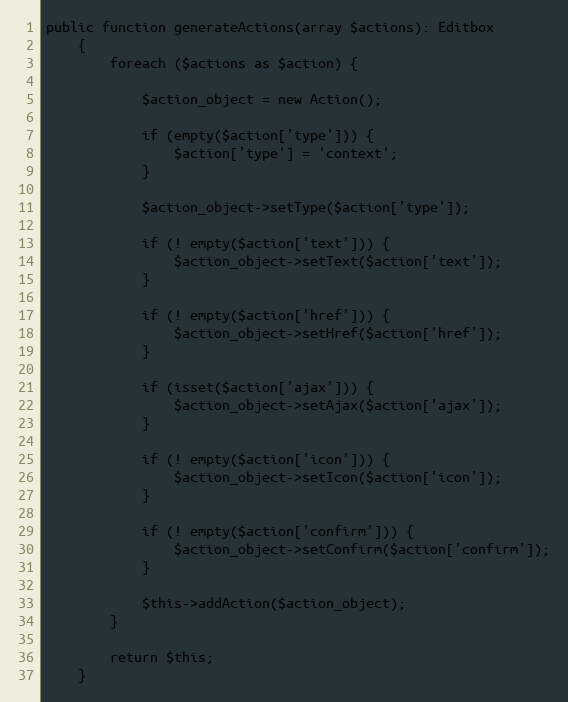
Language: PHP
public function generateActions(array $actions): Editbox
    {
        foreach ($actions as $action) {

            $action_object = new Action();

            if (empty($action['type'])) {
                $action['type'] = 'context';
            }

            $action_object->setType($action['type']);

            if (! empty($action['text'])) {
                $action_object->setText($action['text']);
            }

            if (! empty($action['href'])) {
                $action_object->setHref($action['href']);
            }

            if (isset($action['ajax'])) {
                $action_object->setAjax($action['ajax']);
            }

            if (! empty($action['icon'])) {
                $action_object->setIcon($action['icon']);
            }

            if (! empty($action['confirm'])) {
                $action_object->setConfirm($action['confirm']);
            }

            $this->addAction($action_object);
        }

        return $this;
    }